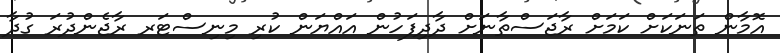
އޮމާން ތަނަކަށް ކަމަށް ރާޖަސްތާނަށް ދާދިފަހުން އައްޔަން ކުރި މިނިސްޓަރ ރާޖެންދުރަ ގުދާ